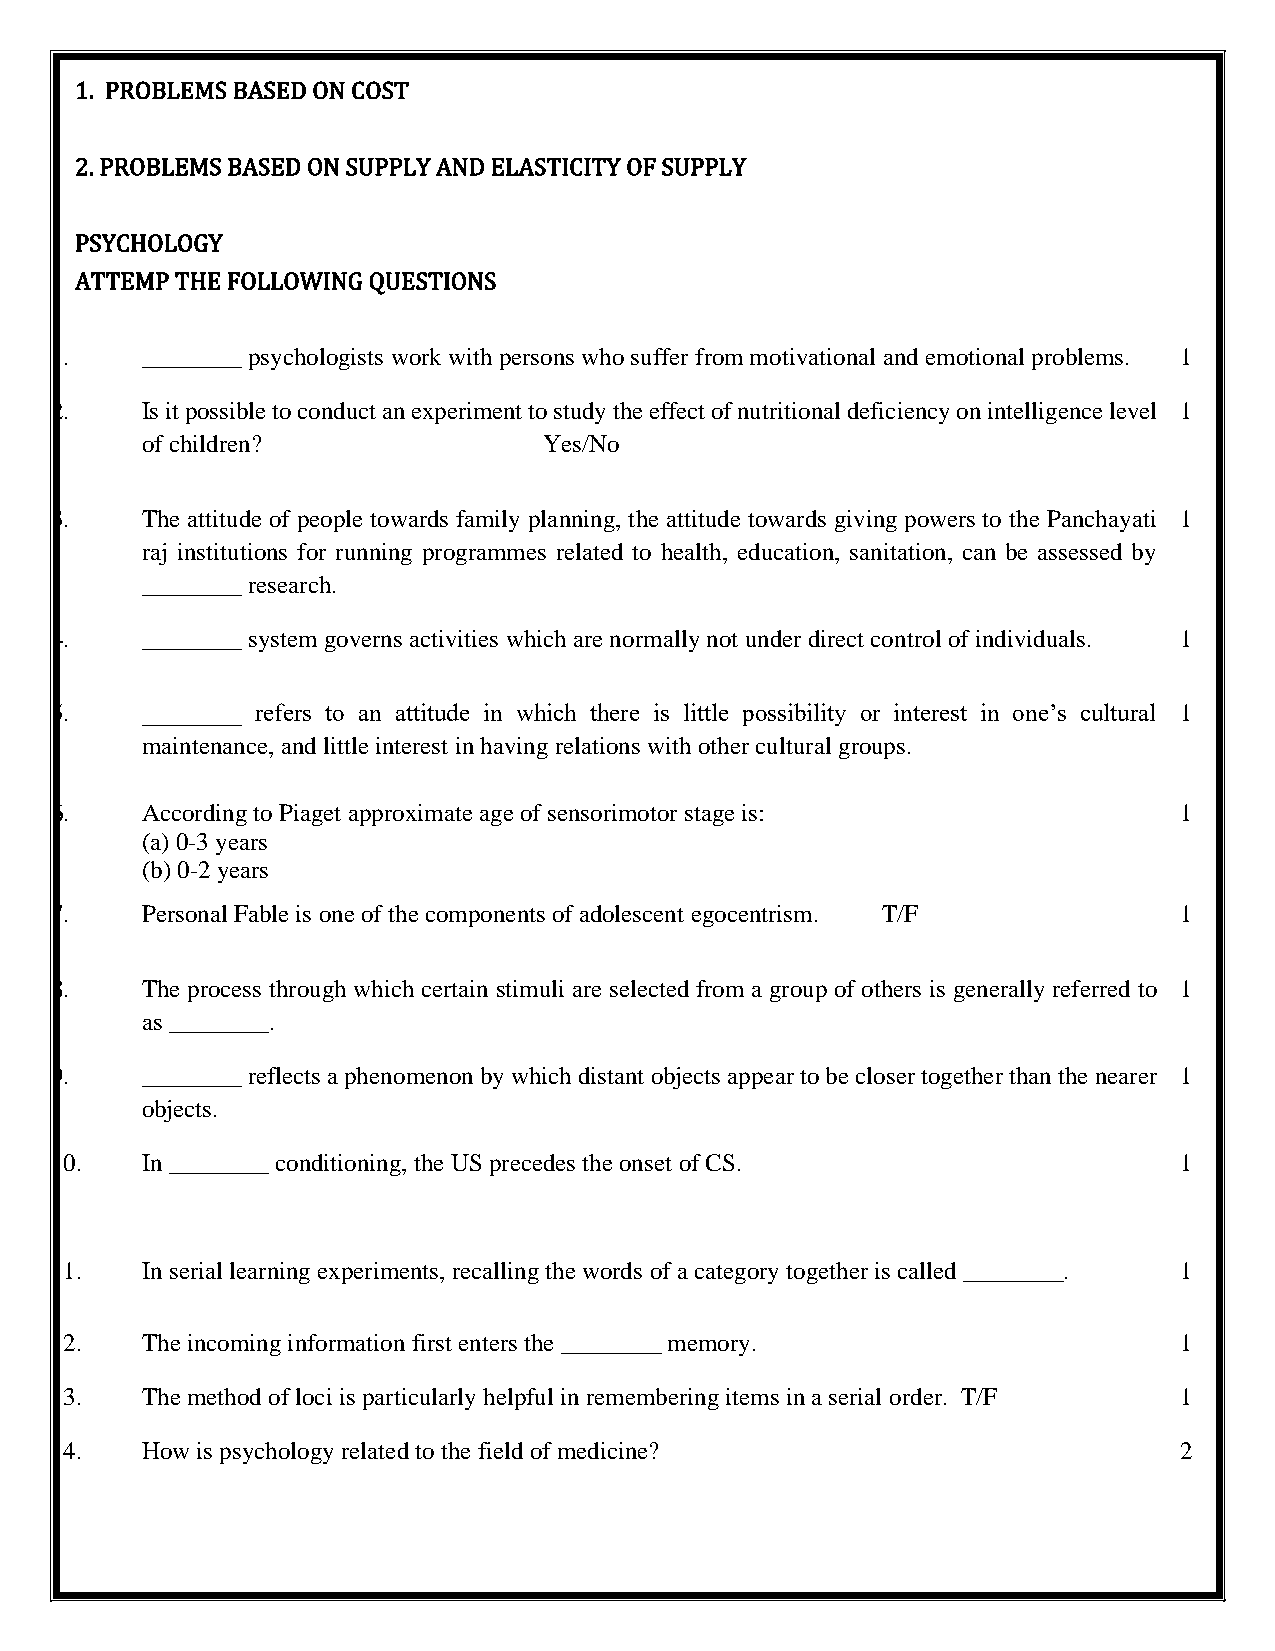
1. PROBLEMS BASED ON COST
 2. PROBLEMS BASED ON SUPPLY AND ELASTICITY OF SUPPLY
 PSYCHOLOGY
 ATTEMP THE FOLLOWING QUESTIONS
 1.    ________ psychologists work with persons who suffer from motivational and emotional problems. 1
 2.    Is it possible to conduct an experiment to study the effect of nutritional deficiency on intelligence level 1
 of children?               Yes/No
 3.    The attitude of people towards family planning, the attitude towards giving powers to the Panchayati 1
 raj institutions for running programmes related to health, education, sanitation, can be assessed by
 ________ research.
 4.    ________ system governs activities which are normally not under direct control of individuals. 1
 5.    ________ refers to an attitude in which there is little possibility or interest in one’s cultural 1
 maintenance, and little interest in having relations with other cultural groups.
 6.    According to Piaget approximate age of sensorimotor stage is:        1
 (a) 0-3 years
 (b) 0-2 years
 7.    Personal Fable is one of the components of adolescent egocentrism. T/F 1
 8.    The process through which certain stimuli are selected from a group of others is generally referred to 1
 as ________.
 9.    ________ reflects a phenomenon by which distant objects appear to be closer together than the nearer 1
 objects.
 10.   In ________ conditioning, the US precedes the onset of CS.           1
 11.   In serial learning experiments, recalling the words of a category together is called ________. 1
 12.   The incoming information first enters the ________ memory.           1
 13.   The method of loci is particularly helpful in remembering items in a serial order. T/F 1
 14.   How is psychology related to the field of medicine?                  2